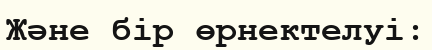
Және бір өрнектелуі: